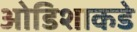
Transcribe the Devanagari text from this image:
ओडिशाकडे